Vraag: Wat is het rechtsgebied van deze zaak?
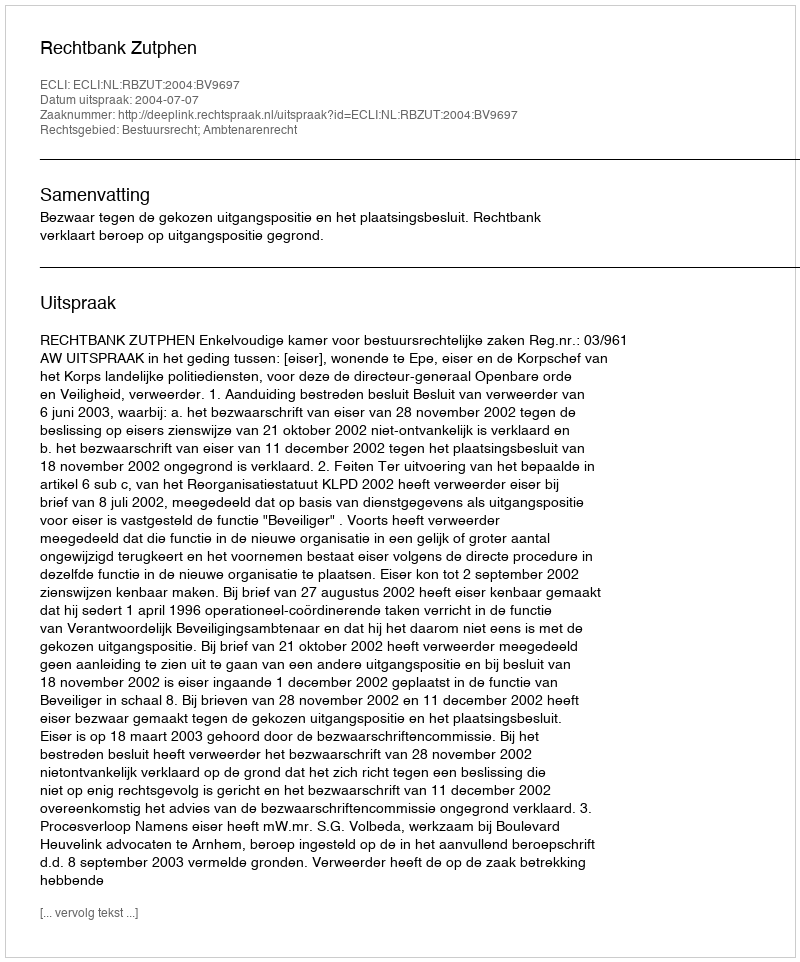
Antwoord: Bestuursrecht; Ambtenarenrecht